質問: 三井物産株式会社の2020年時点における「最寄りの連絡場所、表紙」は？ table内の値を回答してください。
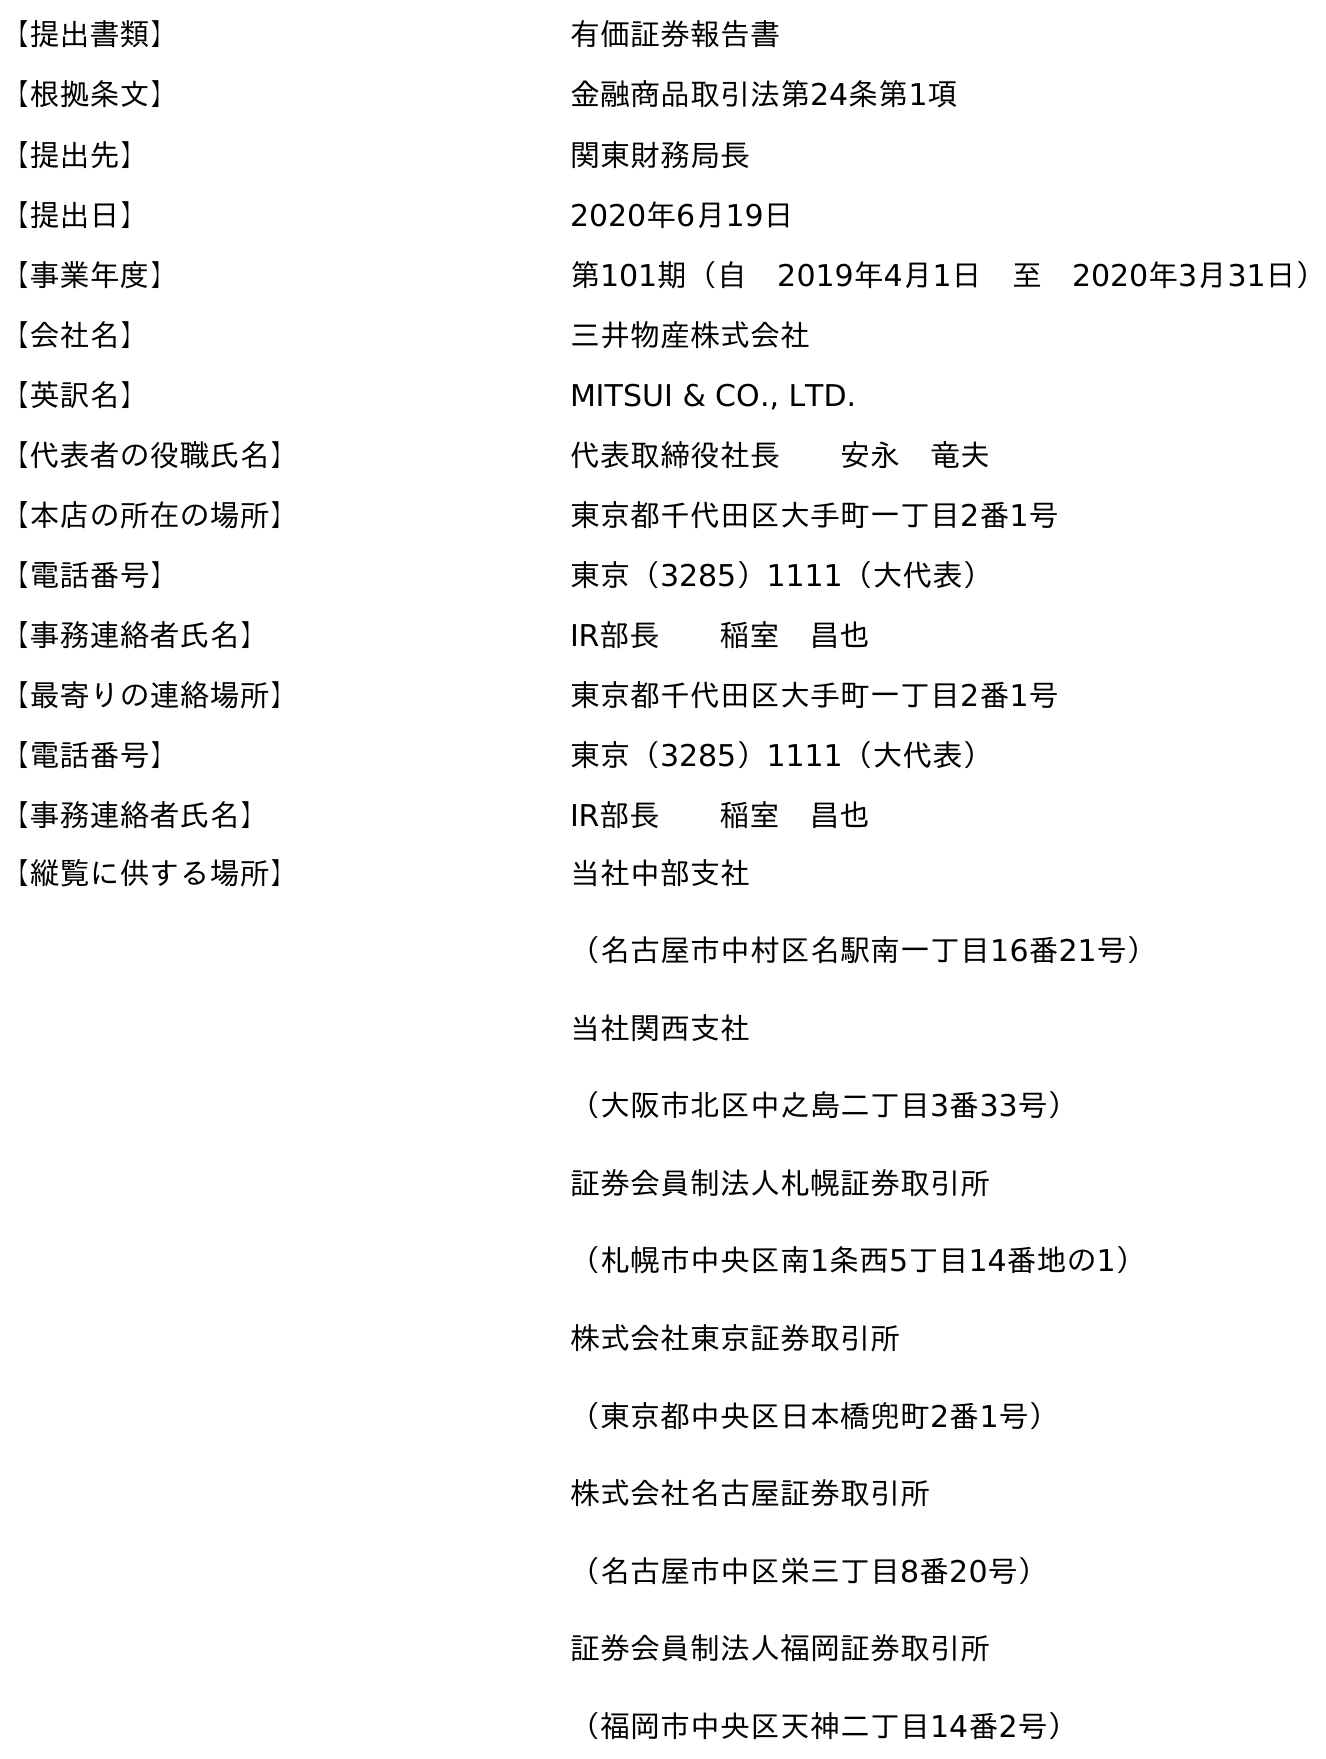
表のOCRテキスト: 【提出書類】 有価証券報告書 【根拠条文】 金融商品取引法第24条第1項 【提出先】 関東財務局長 【提出日】 2020年6月19日 【事業年度】 第101期（自 2019年4月1日 至 2020年3月31日） 【会社名】 三井物産株式会社 【英訳名】 MITSUI & CO., LTD. 【代表者の役職氏名】 代表取締役社長  安永 竜夫 【本店の所在の場所】 東京都千代田区大手町一丁目2番1号 【電話番号】 東京（3285）1111（大代表） 【事務連絡者氏名】 IR部長  稲室 昌也 【最寄りの連絡場所】 東京都千代田区大手町一丁目2番1号 【電話番号】 東京（3285）1111（大代表） 【事務連絡者氏名】 IR部長  稲室 昌也 【縦覧に供する場所】 当社中部支社 （名古屋市中村区名駅南一丁目16番21号） 当社関西支社 （大阪市北区中之島二丁目3番33号） 証券会員制法人札幌証券取引所 （札幌市中央区南1条西5丁目14番地の1） 株式会社東京証券取引所 （東京都中央区日本橋兜町2番1号） 株式会社名古屋証券取引所 （名古屋市中区栄三丁目8番20号） 証券会員制法人福岡証券取引所 （福岡市中央区天神二丁目14番2号）
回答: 東京都千代田区大手町一丁目2番1号